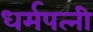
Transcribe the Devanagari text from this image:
धर्मपत्‍नी